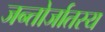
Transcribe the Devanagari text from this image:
जन्तोर्जातस्य